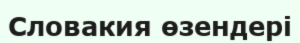
Словакия өзендері